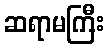
ဆရာမကြီး